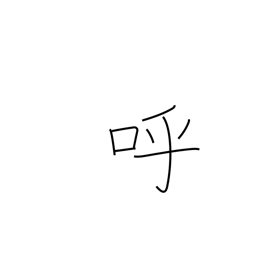
Meaning: invite